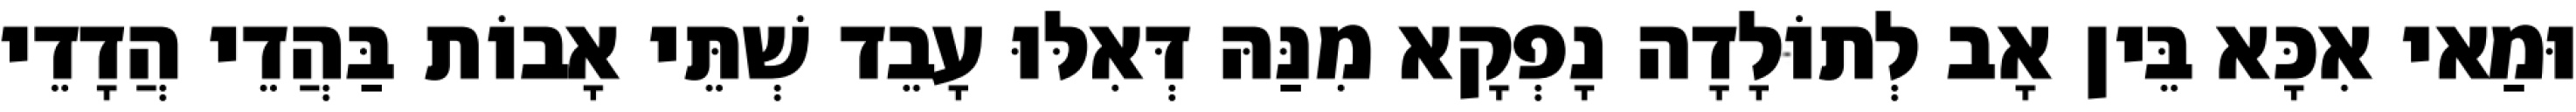
וּמַאי אִכָּא בֵּין אָב לְתוֹלָדָה נָפְקָא מִנַּהּ דְּאִלּוּ עָבֵד שְׁתֵּי אָבוֹת בַּהֲדֵי הֲדָדֵי